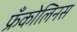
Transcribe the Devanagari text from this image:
फ्रँकोलिनस